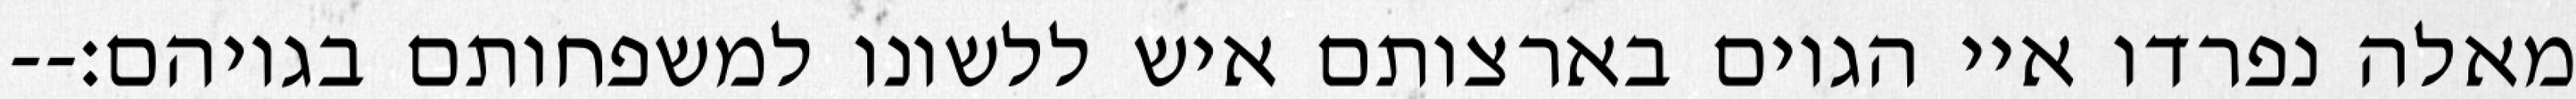
מאלה נפרדו איי הגוים בארצותם איש ללשונו למשפחותם בגויהם׃--